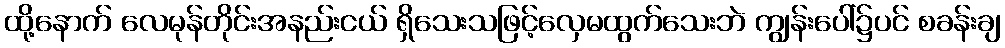
ထို့နောက် လေမုန်တိုင်းအနည်းငယ် ရှိသေးသဖြင့်လှေမထွက်သေးဘဲ ကျွန်းပေါ်၌ပင် စခန်းချ